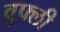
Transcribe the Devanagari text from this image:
वुफ्ली